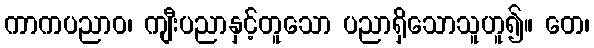
ကာကပညာဝ၊ ကျီးပညာနှင့်တူသော ပညာရှိသောသူဟူ၍။ တေ၊